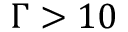
\Gamma > 1 0